画像に写った文字を読んでください
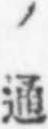
「ノ通」と書いてあります